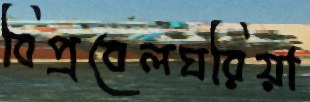
বিপ্রবেলঘরিয়া